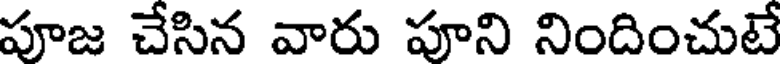
పూజ చేసిన వారు పూని నిందించుటే